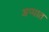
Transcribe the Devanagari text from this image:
अप्घात